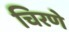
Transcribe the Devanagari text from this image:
चिरणे